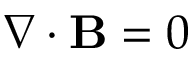
\begin{array} { r } { \nabla \cdot \mathbf { B } = 0 } \end{array}